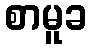
စာမူခ